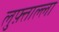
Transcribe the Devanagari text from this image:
लुफ़्ताल्ला